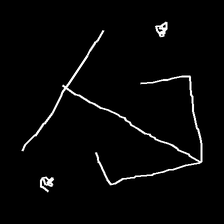
Glyph: earth